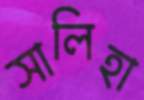
সালিহা